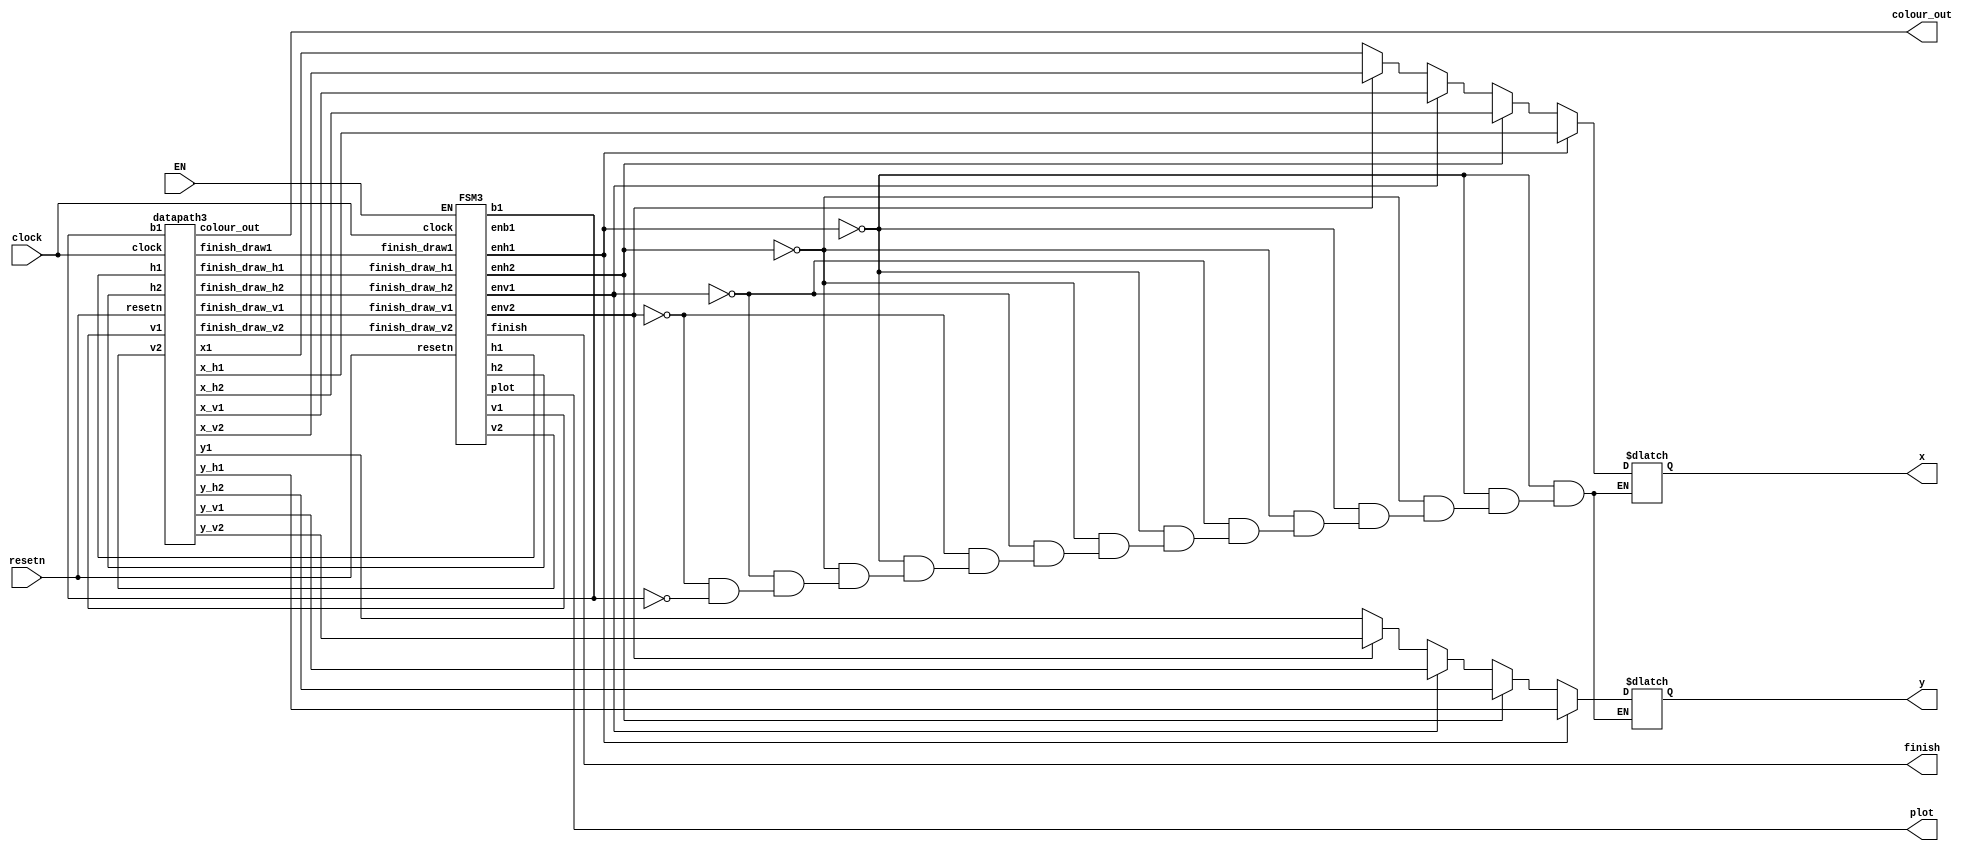
module background(
		input resetn,clock, EN,
		output plot,finish,
		output reg [7:0]x,
		output reg [6:0]y,
		output [2:0]colour_out);
	wire h1,h2,v1,v2,b1;
	wire [7:0]x_h1, x_h2, x_v1, x_v2,x1;
	wire [6:0]y_h1, y_h2, y_v1, y_v2,y1;
	wire finish_draw_h1, finish_draw_h2, finish_draw_v1,finish_draw_v2,finish_draw1;
	//datapath
	datapath3 d0(
	.resetn(resetn), 
	.clock(clock),
	.h1(h1),.h2(h2),.v1(v1),.v2(v2),.b1(b1),
	
	.x_h1(x_h1),.x_h2(x_h2),.x_v1(x_v1),.x_v2(x_v2),.x1(x1),
	.y_h1(y_h1), .y_h2(y_h2), .y_v1(y_v1),.y_v2(y_v2),.y1(y1),
	.colour_out(colour_out),.finish_draw_h1(finish_draw_h1), .finish_draw_h2(finish_draw_h2), 
	.finish_draw_v1(finish_draw_v1),.finish_draw_v2(finish_draw_v2),.finish_draw1(finish_draw1));
	// assign colour
	
	wire enh1,enh2,env1,env2,enb1;
	//control
	FSM3 f0(
	.clock(clock), .resetn(resetn), .EN(EN),
	.enh1(enh1), .enh2(enh2),.env1(env1),.env2(env2),.enb1(enb1),.h1(h1),.h2(h2),
	.v1(v1),.v2(v2),.b1(b1), .plot(plot), .finish(finish),
	.finish_draw_h1(finish_draw_h1),.finish_draw_h2(finish_draw_h2),
	.finish_draw_v1(finish_draw_v1),.finish_draw_v2(finish_draw_v2),.finish_draw1(finish_draw1));
	
	always @(*)
	begin
		if (enh1 == 1'b1)begin
			x = x_h1;
			y = y_h1;
			end
		else if (enh2 == 1'b1)begin
			x = x_h2;
			y = y_h2;
			end
		else if (env1 == 1'b1)begin
			x = x_v1;
			y = y_v1;
				end
		else if (env2 == 1'b1)begin
			x = x_v2;
			y = y_v2;
			end
		else if (b1)begin
			x = x1;
			y = y1;
			end
	end
		
endmodule


module datapath3(
	input resetn, clock,
	input  h1,h2,v1,v2,b1,
	
	output reg [7:0]x_h1,x_h2,x_v1,x_v2,
	output reg [6:0]y_h1, y_h2, y_v1,y_v2,
	output [7:0]x1,
	output [6:0]y1,
	output reg [2:0] colour_out,
	output finish_draw_h1, finish_draw_h2, finish_draw_v1,finish_draw_v2,finish_draw1);
//assign colour
	always @(posedge clock)
	begin
		if (resetn == 1'b0)
			colour_out = 3'b000;
		else if (b1)
			colour_out = 3'b100;
		else
			colour_out = 3'b100;
	end
	
// horizontal line
	always @(posedge clock)
	begin
		if (!resetn)begin
			x_h1 = 8'd25;
			y_h1 = 7'd20;
			end
		else if (x_h1 == 8'd135)
			x_h1 = 8'd25;
		else 
		begin
			if (h1 == 1'b1)
				x_h1 = x_h1 + 1'b1;
		end
	end
	assign finish_draw_h1 = (x_h1 == 8'd135)? 1 : 0;
	//horizontal line2
	always @(posedge clock)
	begin
		if (!resetn)begin
			x_h2 = 8'd25;
			y_h2 = 7'd104;
			end
		else if (x_h2 == 8'd135)
			x_h2 = 8'd25;
		else 
		begin
			if (h2 == 1'b1)
				x_h2 = x_h2 + 1'b1;
		end
	end
	assign finish_draw_h2 = (x_h2 == 8'd135)? 1 : 0;
	// vertical line
	always @(posedge clock)
	begin
		if (!resetn)begin
			x_v1 = 8'd25;
			y_v1 = 7'd20;
			end
		else if (y_v1 == 7'd104)
			y_v1 = 8'd20;
		else 
		begin
			if (v1 == 1'b1)
				y_v1 = y_v1 + 1'b1;
		end
	end
	assign finish_draw_v1 = (y_v1 == 7'd104)? 1:0;
	// vertical line2
	always @(posedge clock)
	begin
		if (!resetn)begin
			x_v2 = 8'd135;
			y_v2 = 7'd20;
			end
		else if (y_v2 == 7'd104)
			y_v2 = 7'd20;
		else 
		begin
			if (v2 == 1'b1)
				y_v2 = y_v2 + 1'b1;
		end
	end
	assign finish_draw_v2 = (y_v2 == 7'd104)? 1:0;
	// drawb1
	reg [1:0]q1;
	always@(posedge clock)
	begin
		if (!resetn)begin
			q1 <= 2'd0;
			end
		else if (q1 == 2'b11)
			q1 <= 2'd0;
		else if (b1)
			q1 <= q1 + 1'b1;
		else
			q1 <= 2'd0;
	end
	assign x1 = 8'd133 + q1[0];
	assign y1 = 7'd21 + q1[1];
	assign finish_draw1 = (q1 == 2'b11)? 1:0;

endmodule

module FSM3 (
	input clock, resetn,finish_draw_h1,finish_draw_h2,finish_draw_v1,finish_draw_v2,finish_draw1, EN,
	output reg enh1, enh2,env1,env2,enb1, h1,h2,v1,v2,b1, plot, finish);

reg [3:0] current_state, next_state;
	
	localparam 
				Begin   = 4'd0,
				DRAW_h1 = 4'd1,
				DRAW_h2 = 4'd2,
				DRAW_v1 = 4'd3,
				DRAW_v2 = 4'd4,
				DRAW_b1 = 4'd6,
				WAIT    = 4'd5;
					

	always @(*)
	begin: state_table
		case (current_state)
			Begin: next_state = EN? DRAW_h1 : Begin;
			DRAW_h1: next_state = finish_draw_h1? DRAW_h2 : DRAW_h1;
			DRAW_h2: next_state = finish_draw_h2? DRAW_v1 : DRAW_h2;
			DRAW_v1: next_state = finish_draw_v1? DRAW_v2 : DRAW_v1;
			DRAW_v2: next_state = finish_draw_v2? DRAW_b1 : DRAW_v2;
			DRAW_b1: next_state = finish_draw1? WAIT : DRAW_b1;
			WAIT: next_state = Begin;
			default: next_state = Begin;
		endcase
	end
	
	always @(*)
	begin: signals
		plot = 1'b0;
		enh1 = 1'b0;
		enh2 = 1'b0;
		env1 = 1'b0;
		env2 = 1'b0;
		enb1 = 1'b0;
		h1 = 1'b0;
		h2 = 1'b0;
		v1 = 1'b0;
		v2 = 1'b0;
		b1 = 1'b0;
		finish = 1'b0;
		
		case (current_state)
		Begin:begin
		
		end
		DRAW_h1:begin
			h1 = 1'b1;
			enh1 = 1'b1;
			plot = 1'b1;
		end
		DRAW_h2:begin
			h2 = 1'b1;
			enh2 = 1'b1;
			plot = 1'b1;
		end
		DRAW_v1:begin
			v1 = 1'b1;
			env1 = 1'b1;
			plot = 1'b1;
		end
		DRAW_v2:begin
			v2 = 1'b1;
			env2 = 1'b1;
			plot = 1'b1;
		end
		DRAW_b1:begin
			b1 = 1'b1;
			enb1 = 1'b1;
			plot = 1'b1;
		end
		WAIT:begin
			finish = 1'b1;
		end
		
		endcase
	end
	
	
always@(posedge clock)
    begin: state_FFs
        if(!resetn)
            current_state <= Begin;
        else
            current_state <= next_state;
    end // state_FFS
endmodule